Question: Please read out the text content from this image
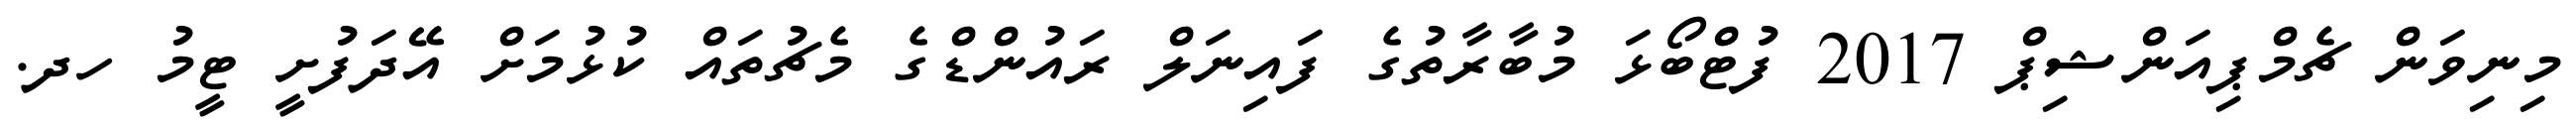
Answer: މިނިވަން ޗެމްޕިއަންޝިޕް 2017 ފުޓްބޯޅަ މުބާރާތުގެ ފައިނަލް ރައުންޑްގެ މެޗުތައް ކުޅުމަށް އޭދަފުށީ ޓީމު ހދ.